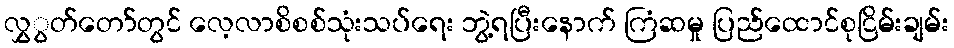
လွှွတ်တော်တွင် လေ့လာစိစစ်သုံးသပ်ရေး ဘွဲ့ရပြီးနောက် ကြံဆမှု ပြည်ထောင်စုငြိမ်းချမ်း